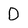
Character: D